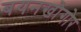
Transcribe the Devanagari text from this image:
बयनखोंगोर